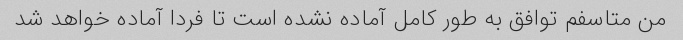
من متاسفم توافق به طور کامل آماده نشده است تا فردا آماده خواهد شد